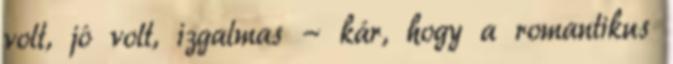
volt, jó volt, izgalmas - kár, hogy a romantikus